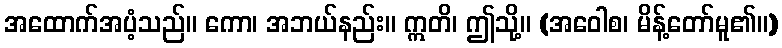
အထောက်အပံ့သည်။ ကော၊ အဘယ်နည်း။ ဣတိ၊ ဤသို့။ (အဝေါစ၊ မိန့်တော်မူ၏။)